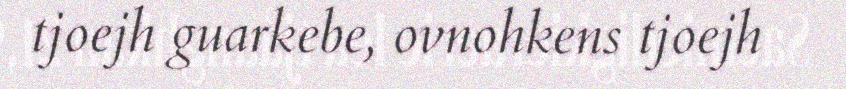
tjoejh guarkebe, ovnohkens tjoejh